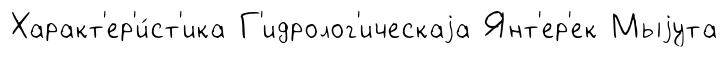
Характ'ер'и́ст'ика Г'идролог'ическаjа Янт'ер'ек Мыjута